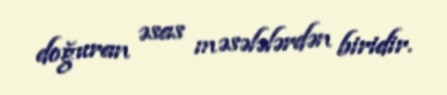
doğuran əsas məsələlərdən biridir.